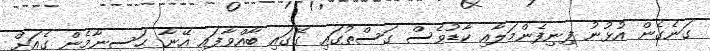
ގަނެގެން އުޅުނު ފިނިފެންމަލާއި ކާޑުވެސް ގަސްތުގައި ގޭގައި ބާއްވާފައި އޭނާ ޙަސީނާމެން ގެއަށް